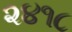
૨૪૧૮